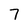
Character: 7